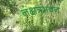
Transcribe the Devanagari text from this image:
नक्षत्रभवन